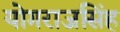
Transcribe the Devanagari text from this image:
योगराजसिंह